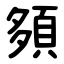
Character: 䫂